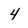
Character: 4